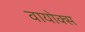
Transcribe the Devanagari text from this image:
वायोक्स